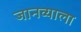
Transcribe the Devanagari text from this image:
जानव्याला